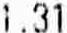
1.31